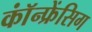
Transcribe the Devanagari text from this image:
कॉंन्फ्रेंसिग